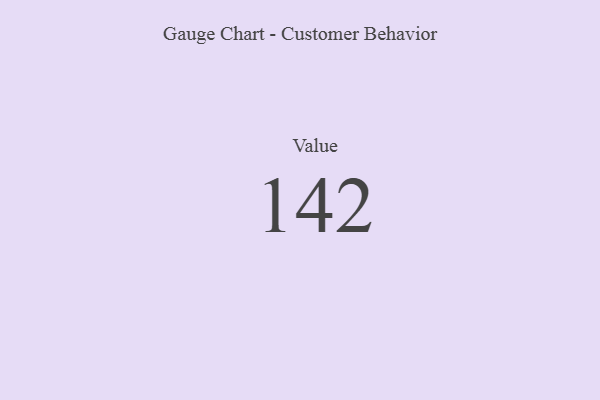
{"axis": {"x": "Metric", "y": "Value"}, "legend": [""], "data": [{"x": "Value", "y": 142, "type": ""}]}